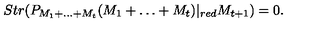
S t r ( P _ { M _ { 1 } + \dots + M _ { t } } ( M _ { 1 } + \dots + M _ { t } ) | _ { { r e d } } M _ { t + 1 } ) = 0 .